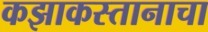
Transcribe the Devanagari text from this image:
कझाकस्तानाचा